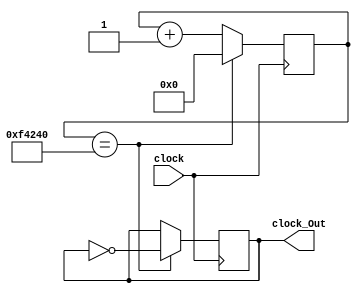
module Timer (clock, clock_Out);

	input clock;
	output reg clock_Out;
	reg [25:0] conter;

	always @ (posedge clock) 
		begin
			if (conter == 1_000_000)
				begin
					clock_Out <= ~clock_Out;
					conter <= 0;
				end
			else
				begin
					conter <= conter + 1'b1;
				end
		end
			
endmodule